V__Kingissepa_nim__kolhoos, lk 15
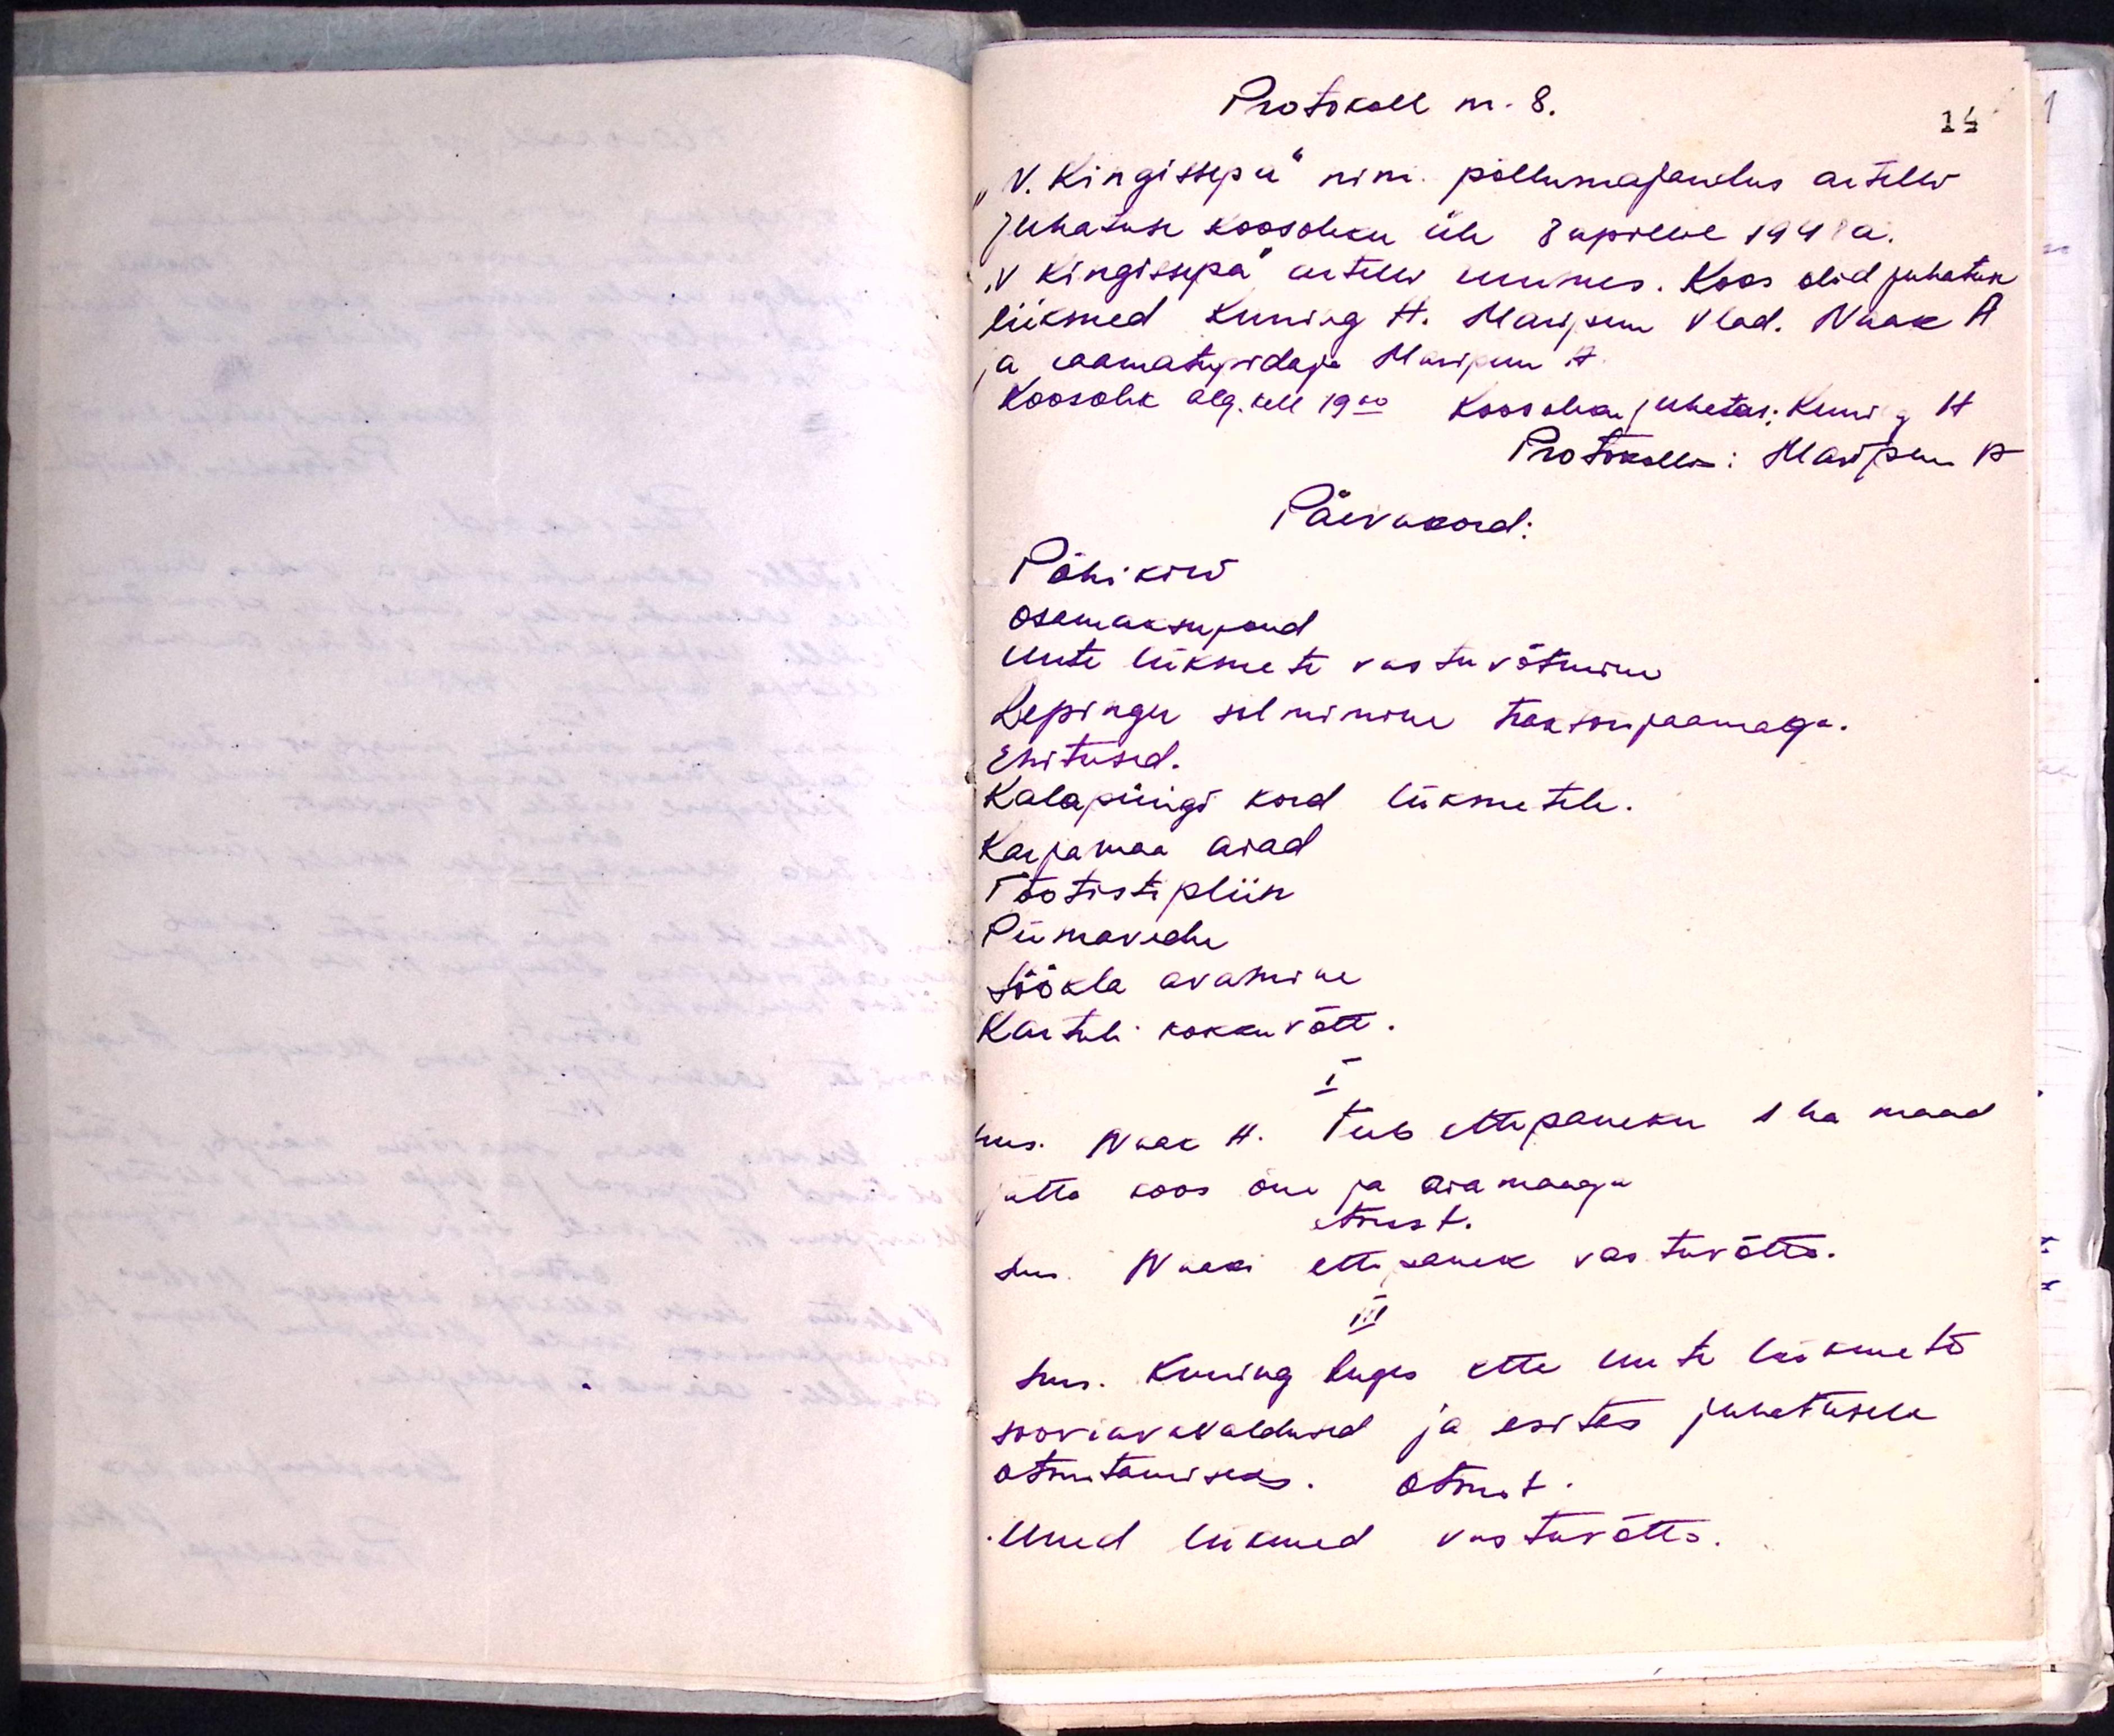
Protokoll nr. 8.
"V. Kingissepa" nim. põllumajandus artelli,
juhatuse koosoleku üle 8 aprillil 1948 a.
"V Kingissepa" artelli esimees. Koos olid juhatus
liikmed Kuning H. Maripuu Vlad. Naak A
ja raamatupidaja Maripuu A
Koosolek alg. kell 19.00 koosoleku juhatas; Kuning H.
Protokollis: Maripuu A
Päevakord:
Põhikord
Osamaksufond
Uute liikmete vastuvõtmine
Lepingu sõlmimine traktorjaamaga.
Ehitused.
Kalapüügi kord liikmetele.
Karjamaa aiad
Töödistipliin
Piimavedu
Söökla avamine
Kartuli kokkuvõtt.
I
Sms. Naak H. teeb ettepaneku 1 ha maad
jätta koos õue ja aiamaaga
otsust.
sms. Naak ettepanek vastuvõtta.
III
sms. Kuning luges ette uute liikmete
sooviavavaldused ja esites juhatusele
otsutamiseks. otsust.
Uued liikmed vastuvõtta.